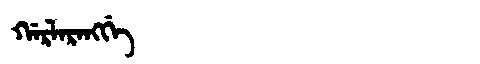
Manchu: ᡤᠠᡵᠯᠠᡵᠠᠩᡤᡝ
Romanization: GARLARANGGE